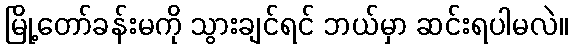
မြို့တော်ခန်းမကို သွားချင်ရင် ဘယ်မှာ ဆင်းရပါမလဲ။